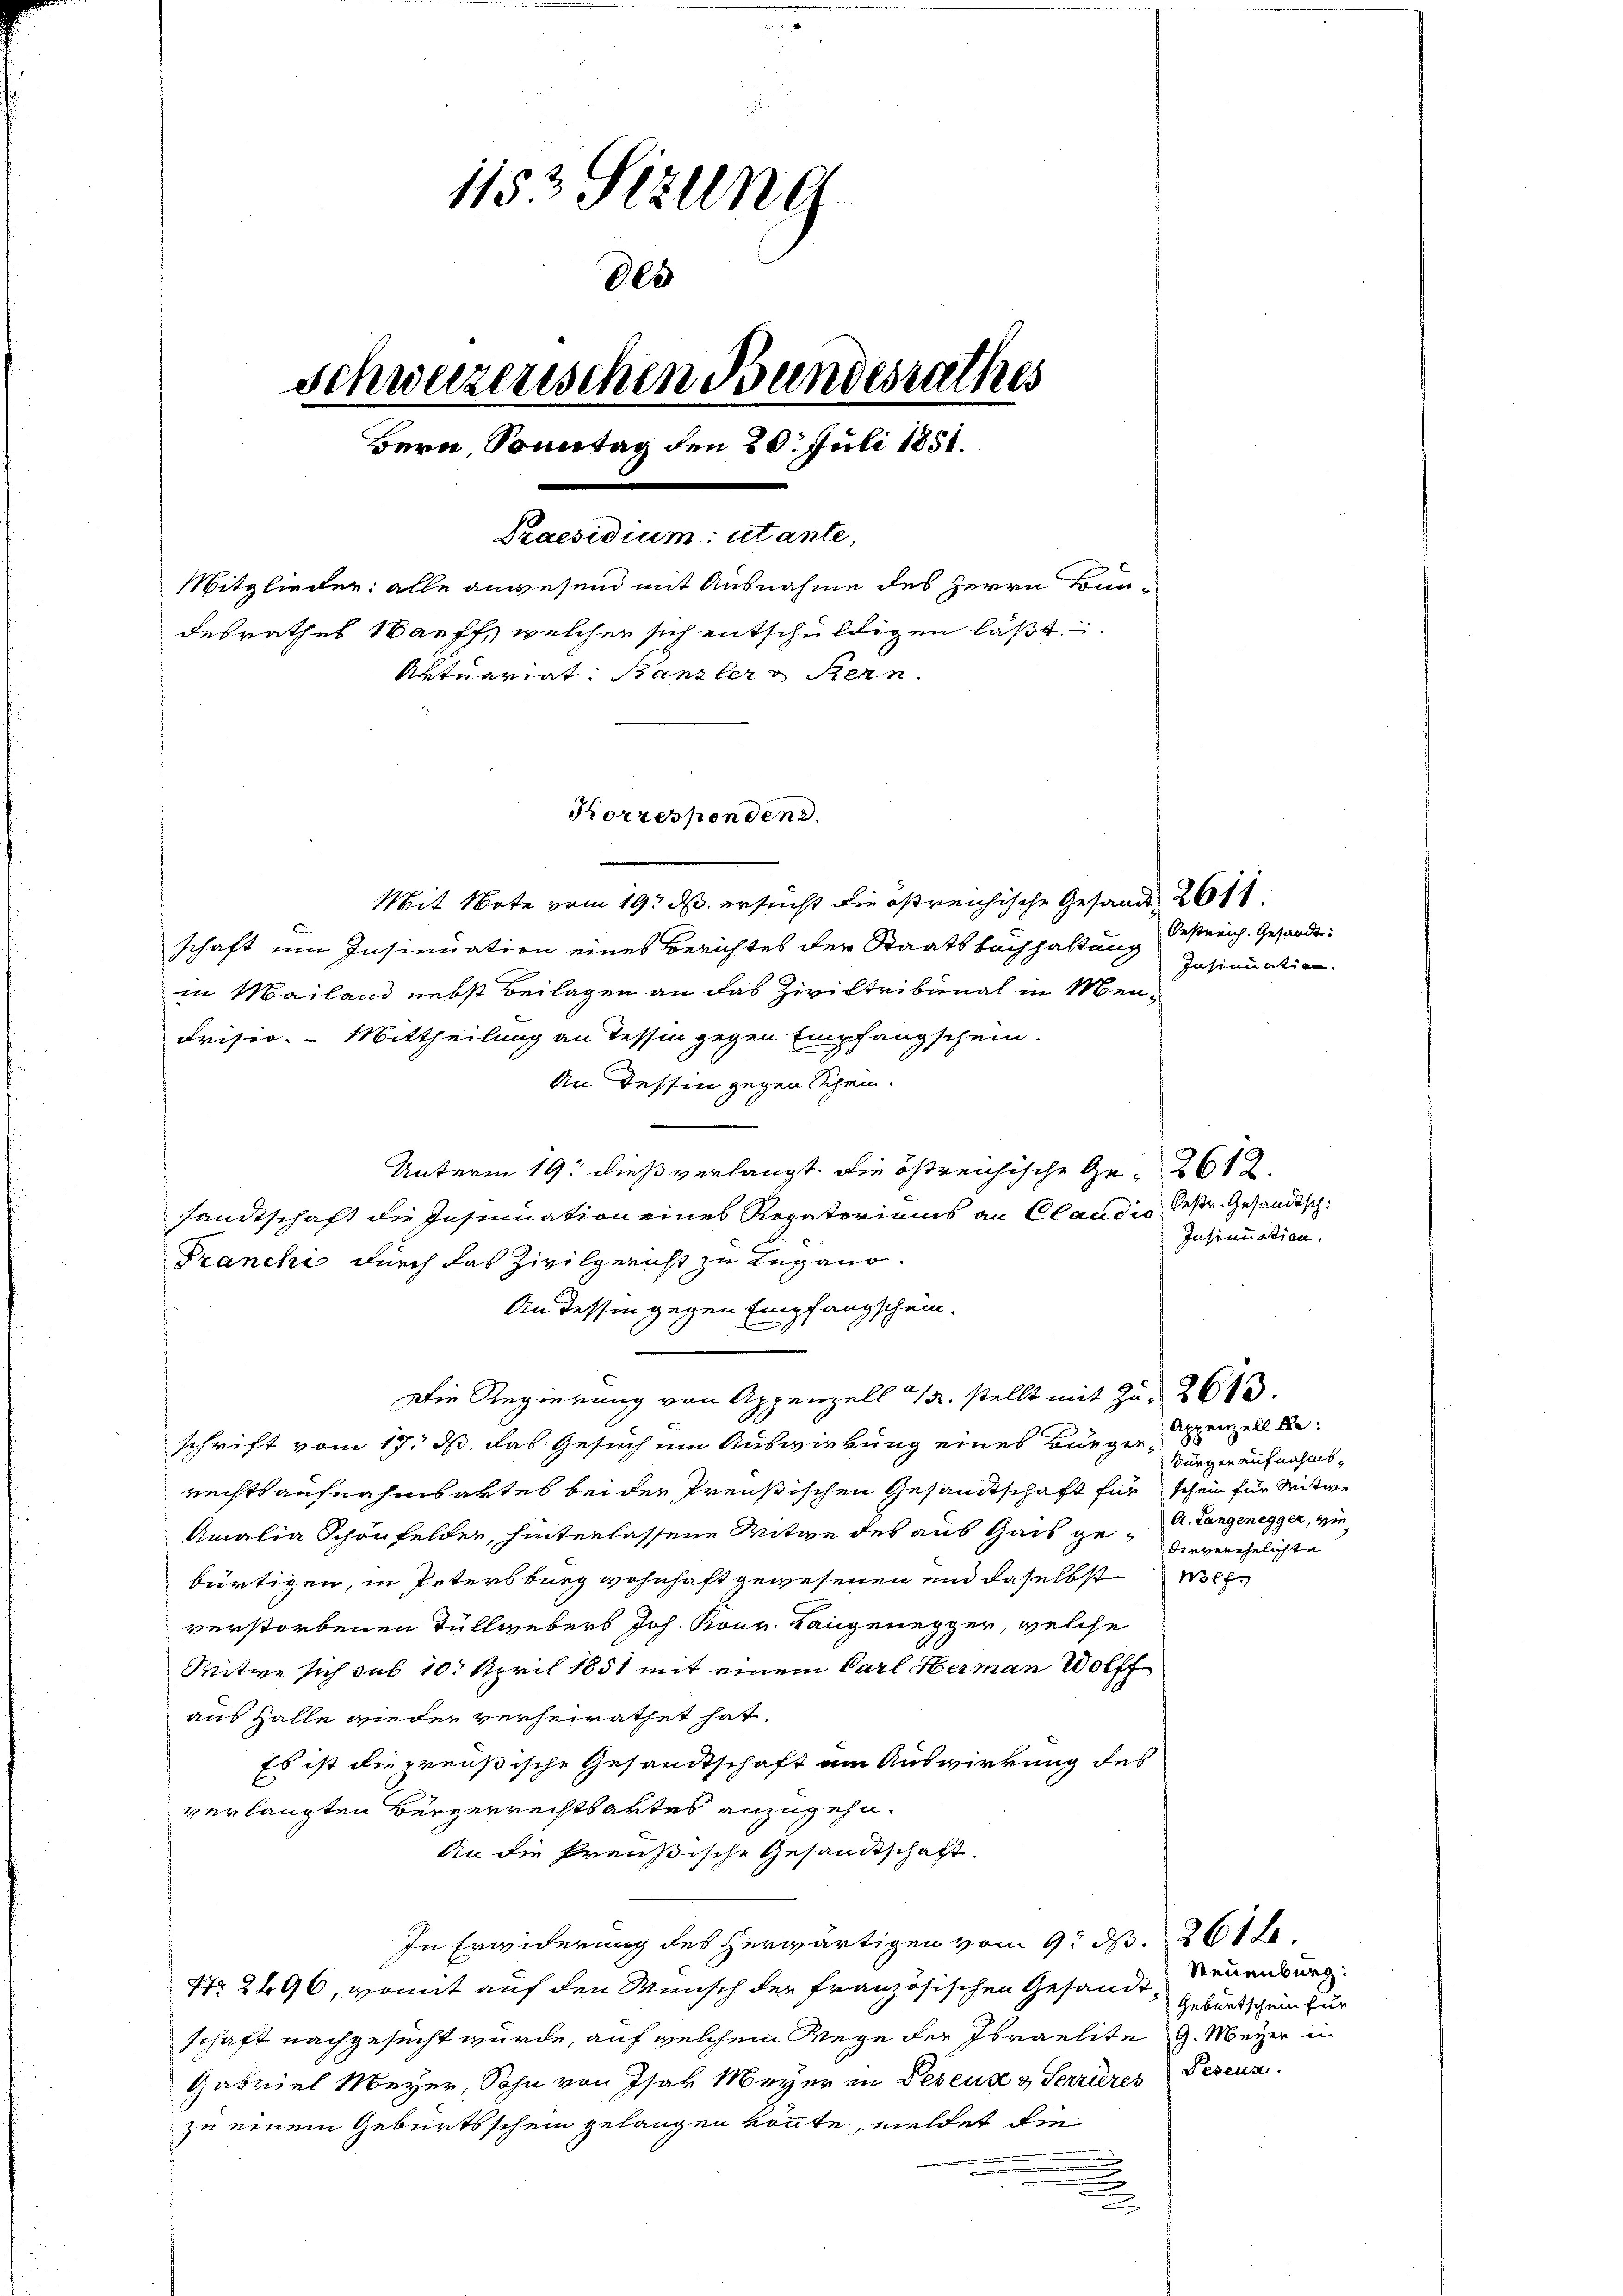
1152 Sizung
des
schweizerischen Bundesrathes
Bern, Sonntag den 20. Juli 1851.
Praesidium: utante,
Mitglieder: alle anwesend mit Ausnahme des Herrn Bundesrathes auff, welcher sich entschuldigen läßt.
Aktuariat. Banzler Stern

Korrespondend.

Mit Note vom 19. d. ersucht die ostreichische Gesand 2611
schaft um Insinuation eines Berichtes der Staatsbuchhaltung destreich. Gesandtin Mailand nebst Beilagen an das Ziviltribunal in Men¬
Frisio. Mittheilung an Tessin gegen Empfangschein.
An Tessin gegen Schein-
.
Unterm 19. dieß verlangt. Die östreichische Ge- 2612.
sandtschaft die Insinuation eines Regatoriums an Claudis bestr. Gesandtsch
Franchi durch das Zivilgericht zu Lugano.
An dessen gegen Empfangschein.
Die Regierung von Appenzels 1/2. stellt mit Zu- 2613.
schrift vom 17. ds. das Gesuch um Auswirkung eines Bürgerrechtsaufnahmsaktes bei der Preußischen Gesamtschaft für schein für Mitwe
Amalia Schönfelden, hinterlassene Mitge des aus Gais ge- Dr. Langenegger, wiebürtigen, in Petersburg wohnhaft gewesenen und daselbst Welverstorbenen Tüllgebers Joh. Konr. Rangenegger, welche
Mitwe sich sub 10. April 1851 mit einem Carl Hermann Wolff
aus Halle wieder verheirathet hat.
Es ist die preußische Gesandtschaft um Auswirkung des
verlangten Bürgerrechtsartes anzugehn.
An die Preußische Gesandtschaft.
In Erwiderung des herwärtigen vom 9. d. 261 f.
Nr 2496, womit auf den Wunsch der französischen Gesandt
schaft nachgesucht wurde, auf welchem Wege der Israelite G. Meyer in
Gabriel Meyer, Sohn von Isar Meyer in Pesens & Serrieres Serenz
zu einem Geburtsschein gelangen könnte, meldet die

Insinuation.

Insinuation.

Appenzell A.
Bürger aufnahmsdiegenehelichte

Neuenburg:
Geburtschein für